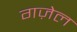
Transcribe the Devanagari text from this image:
गज़ेल